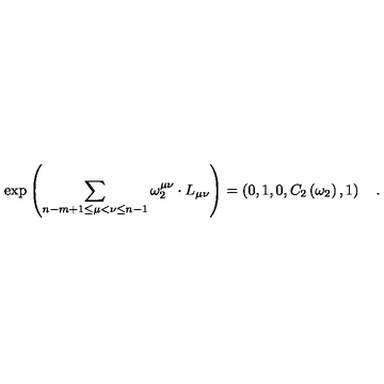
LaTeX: \exp \left( \sum _ { n - m + 1 \le \mu < \nu \le n - 1 } \omega _ { 2 } ^ { \mu \nu } \cdot L _ { \mu \nu } \right) = \left( 0 , 1 , 0 , C _ { 2 } \left( \omega _ { 2 } \right) , 1 \right) \quad .